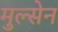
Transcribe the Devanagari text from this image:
मुल्सेन